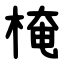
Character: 㭺